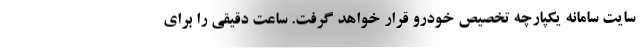
سایت سامانه یکپارچه تخصیص خودرو قرار خواهد گرفت. ساعت دقیقی را برای